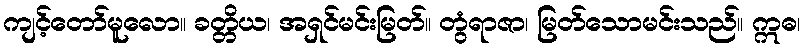
ကျင့်တော်မူလော။ ခတ္တိယ၊ အရှင်မင်းမြတ်။ တွံရာဇာ၊ မြတ်သောမင်းသည်။ ဣဓ၊